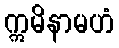
ဣမိနာမဟံ